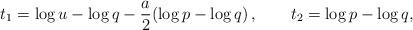
LaTeX: \begin{align*} t_1=\log u-\log q-\frac{a}{2}(\log p-\log q)\,,\qquad t_2=\log p-\log q,\end{align*}